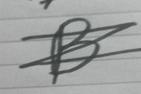
Signature authenticity: forged